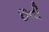
છતી